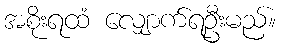
အစိုးရထံ လျှောက်ရဦးမည်။